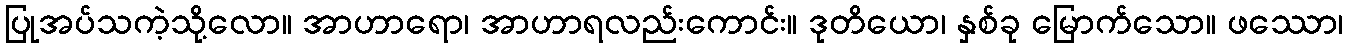
ပြုအပ်သကဲ့သို့လော။ အာဟာရော၊ အာဟာရလည်းကောင်း။ ဒုတိယော၊ နှစ်ခု မြောက်သော။ ဖဿော၊